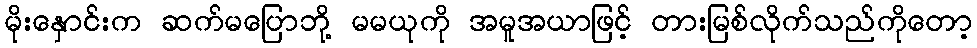
မိုးနှောင်းက ဆက်မပြောဘို့ မမယုကို အမူအယာဖြင့် တားမြစ်လိုက်သည်ကိုတော့